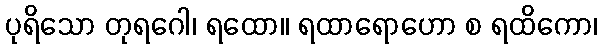
ပုရိသော တုရဂေါ၊ ရထော။ ရထာရောဟော စ ရထိကော၊